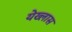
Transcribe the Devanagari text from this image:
येख्लास